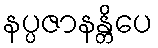
နပ္ပဇာနန္တိပေ